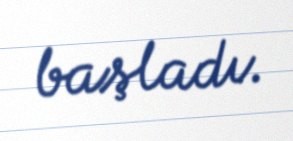
başladı.